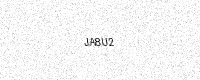
Text: JA8U2